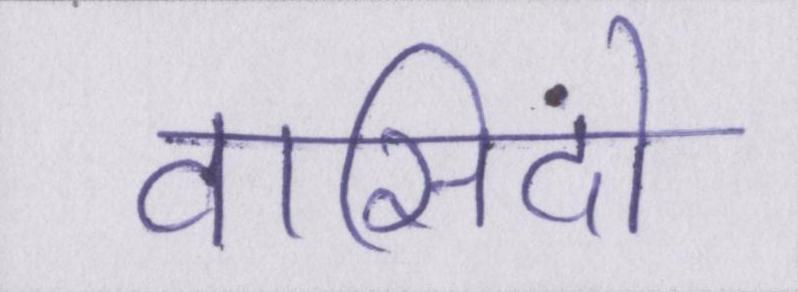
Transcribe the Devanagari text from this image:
वासिंदो